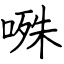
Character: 𭉝